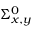
\Sigma _ { x , y } ^ { 0 }